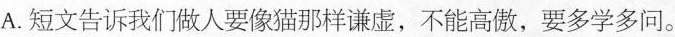
A.短文告诉我们做人要像猫那样谦虚，不能高，要多学多问。